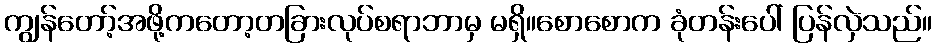
ကျွန်တော့်အဖို့ကတော့တခြားလုပ်စရာဘာမှ မရှိ။စောစောက ခုံတန်းပေါ် ပြန်လှဲသည်။